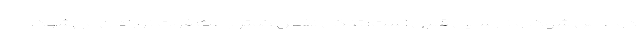
دو عامل شوک و نارسایی قلبی است؛ تنگی نفس کمتر باعث فوت نوزادان می‌شود.